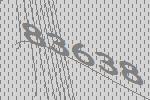
83638